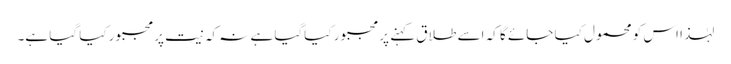
لہٰذا اس کو محمول کیا جائے گا کہ اسے طلاق کہنے پر مجبور کیاگیا ہے نہ کہ نیت پرمجبور کیا گیا ہے۔